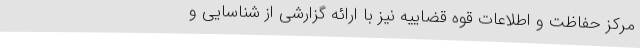
مرکز حفاظت و اطلاعات قوه قضاییه نیز با ارائه گزارشی از شناسایی و